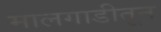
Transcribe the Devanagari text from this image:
मालगाडीतून